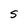
Character: S